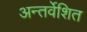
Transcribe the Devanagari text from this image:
अन्तर्वेशित